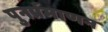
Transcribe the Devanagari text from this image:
पुनर्प्रमाणन